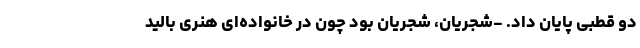
دو قطبی پایان داد. -شجریان، شجریان بود چون در خانواده‌ای هنری بالید